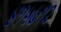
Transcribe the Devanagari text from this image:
४१५७१२